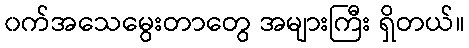
၀က်အသေမွေးတာတွေ အများကြီး ရှိတယ်။